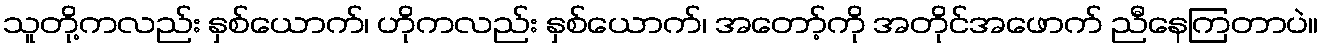
သူတို့ကလည်း နှစ်ယောက်၊ ဟိုကလည်း နှစ်ယောက်၊ အတော့်ကို အတိုင်အဖောက် ညီနေကြတာပဲ။